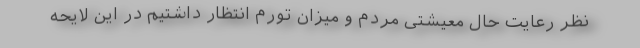
نظر رعایت حال معیشتی مردم و میزان تورم انتظار داشتیم در این لایحه